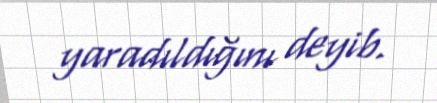
yaradıldığını deyib.